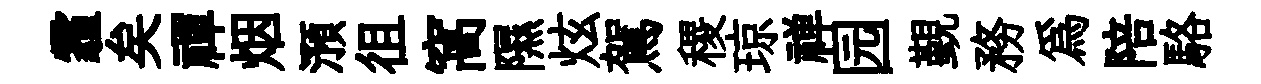
霾矣禪烟澦徂窩隰炫駕稷琼禅园覲務為陪駱